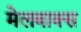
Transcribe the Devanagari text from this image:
मेलबाक्स